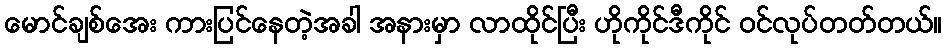
မောင်ချစ်အေး ကားပြင်နေတဲ့အခါ အနားမှာ လာထိုင်ပြီး ဟိုကိုင်ဒီကိုင် ဝင်လုပ်တတ်တယ်။